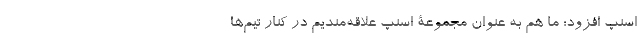
اسنپ افزود: ما هم به عنوان مجموعۀ اسنپ علاقه‌مندیم در کنار تیم‌ها